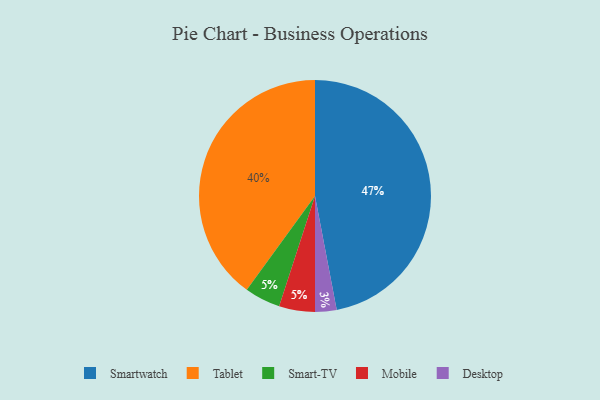
{"axis": {"x": "Category", "y": "Percentage"}, "legend": ["Desktop", "Mobile", "Smart-TV", "Smartwatch", "Tablet"], "data": [{"x": "Smart-TV", "y": 5, "type": "Smart-TV"}, {"x": "Tablet", "y": 40, "type": "Tablet"}, {"x": "Mobile", "y": 5, "type": "Mobile"}, {"x": "Smartwatch", "y": 47, "type": "Smartwatch"}, {"x": "Desktop", "y": 3, "type": "Desktop"}]}